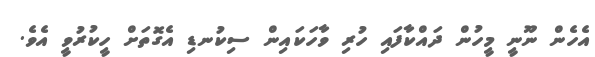
އެހެން ނޫނީ މީހުން ދައްކާފައި ހުރި ވާހަކައިން ސިކުނޑި އެގޮތަށް ހީކުރުވީ އެވެ.